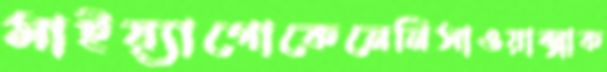
মাইয়্যাগোকেনেনিসাওয়াক্সাক